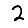
Digit: 2